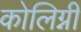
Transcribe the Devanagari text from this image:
कोलिग्नी